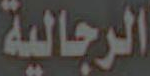
الرجالية